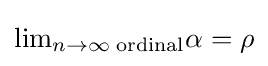
{\textstyle \lim _{n\to \infty }{_{\text{ordinal}}\alpha }=\rho }